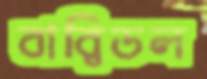
বার্বিডল